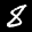
Label: 8